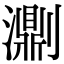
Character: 𤂄